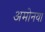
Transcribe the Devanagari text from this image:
अमोनया